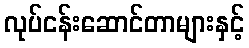
လုပ်ငန်းဆောင်တာများနှင့်